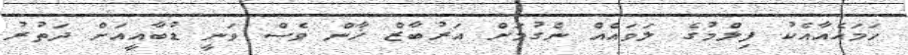
ހަމައެއާއެކު ފިލްމުގެ ލަވައެއް ނެގުމަށް އަރުބާޒް ޚާން ވެސް ވަނީ ޑުބާއީއަށް ދަތުރު